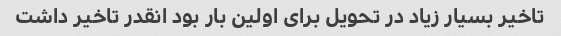
تاخیر بسیار زیاد در تحویل برای اولین بار بود انقدر تاخیر داشت